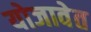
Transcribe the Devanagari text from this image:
योजावेत